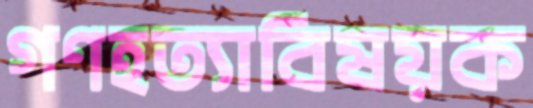
গণহত্যাবিষয়ক